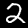
Label: 2